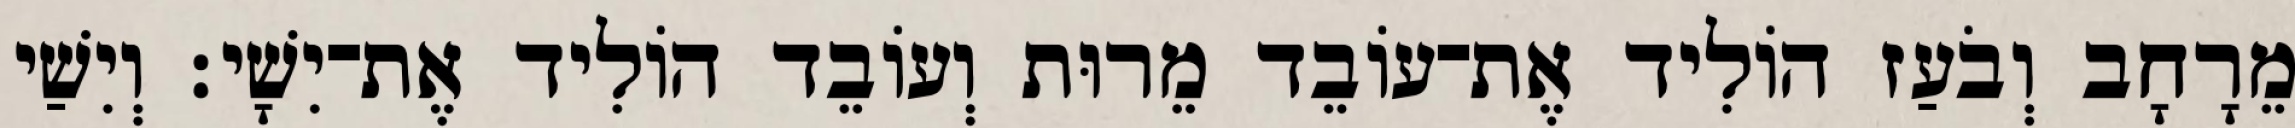
מֵרָחָב וְבֹעַז הוֹלִיד אֶת־עוֹבֵד מֵרוּת וְעוֹבֵד הוֹלִיד אֶת־יִשָׁי׃ וְיִשַׁי